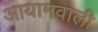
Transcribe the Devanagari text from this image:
आयामवाली